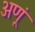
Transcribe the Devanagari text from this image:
अणूं